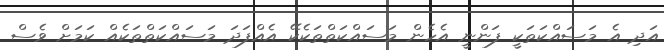
އަދި އެ މަސައްކަތަކީ ފަންނީ އެހެން މަސައްކަތްތަކެކޭ އެއްފަދަ މަސައްކަތްތަކެއް ކަމަށް ވެސް